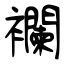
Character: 襴